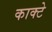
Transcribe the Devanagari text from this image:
काक्टे